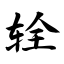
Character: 辁